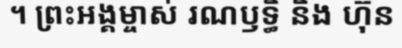
។ ព្រះអង្គម្ចាស់ រណឫទ្ធិ និង ហ៊ុន